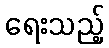
ရေးသည့်